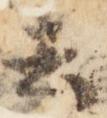
去